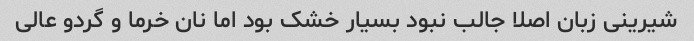
شیرینی زبان اصلا جالب نبود بسیار خشک بود اما نان خرما و گردو عالی